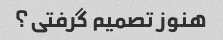
هنوز تصمیم گرفتی؟